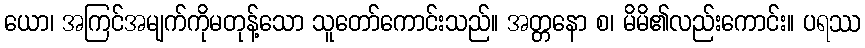
ယော၊ အကြင်အမျက်ကိုမတုန့်သော သူတော်ကောင်းသည်။ အတ္တနော စ၊ မိမိ၏လည်းကောင်း။ ပရဿ